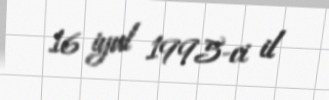
16 iyul 1995-ci il